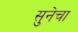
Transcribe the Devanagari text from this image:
सुनेचा